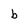
Character: b